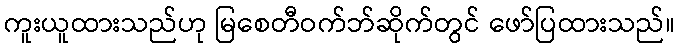
ကူးယူထားသည်ဟု မြစေတီဝက်ဘ်ဆိုက်တွင် ဖော်ပြထားသည်။